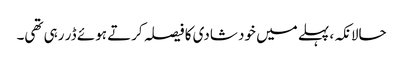
حالانکہ، پہلے میں خود شادی کا فیصلہ کرتے ہوئے ڈر رہی تھی۔